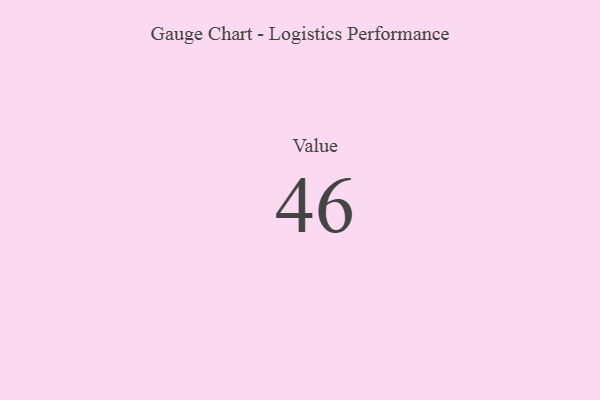
{"axis": {"x": "Metric", "y": "Value"}, "legend": [""], "data": [{"x": "Value", "y": 46, "type": ""}]}